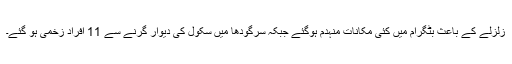
زلزلے کے باعث بٹگرام میں کئی مکانات منہدم ہوگئے جبکہ سرگودھا میں سکول کی دیوار گرنے سے 11 افراد زخمی ہو گئے۔